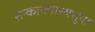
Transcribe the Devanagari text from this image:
सन्काक्यास्थसुया